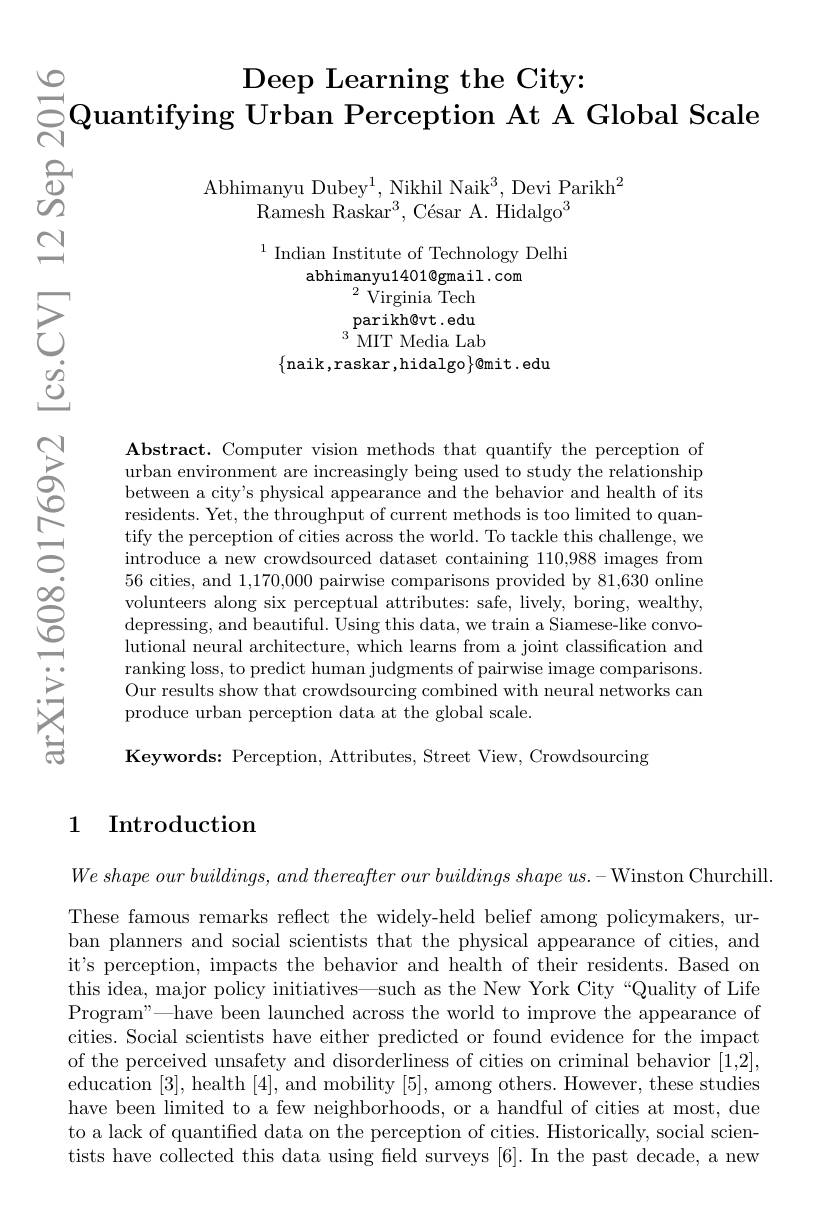
$vC$
$\operatorname{\text{Deep Learning the City:}}$
$\square$Quantifying Urban Perception At A Global Scale
N

$ప్రి$

Abhimanyu Dube$y^{1}$, Nikhil Nai$k^{3}$, Devi Parik$h^{2}$
Ramesh Raskar$^3,\text{C\'{e}sarA.Hidalgo}^3$

$^{1}$ Indian Institute of Technology Delhi
abhimanyu1401@gmail.com
${}^{2}{\mathrm{~Virginia~}}$Tech parikh@ vt. edu ${^3}{\mathrm{~MIT~Media~Lab}}$
$\{$naik,raskar,hidalgo$\}$@mit.edu

$উ్రై$

$ప్రే$

八

三

$\mathbf{Abstract.~Computer~vision~methods~that~quantify~the~perception~of}$ urban environment are increasingly being used to study the relationship between a city's physical appearance and the behavior and health of its residents. Yet, the throughput of current methods is too limited to quantify the perception of cities across the world. To tackle this challenge, we introduce a new crowdsourced dataset containing 110,988 images from 56 cities, and 1,170,000 pairwise comparisons provided by 81,630 online volunteers along six perceptual attributes: safe, lively, boring, wealthy, depressing, and beautiful. Using this data, we train a Siamese-like convolutional neural architecture, which learns from a joint classification and ranking loss, to predict human judgments of pairwise image comparisons. Our results show that crowdsourcing combined with neural networks can produce urban perception data at the global scale.

$క్రి$

一

鳶

Keywords: Perception, Attributes, Street View, Crowdsourcing

## 1 Introduction

$We\textit{ shape our buildings, and thereafter our buildings shape us. - Winston Churchill. }$

These famous remarks reflect the widely-held belief among policymakers, urban planners and social scientists that the physical appearance of cities, and it's perception, impacts the behavior and health of their residents. Based on this idea, major policy initiatives——such as the New York City“Quality of Life Program"—have been launched across the world to improve the appearance of cities. Social scientists have either predicted or found evidence for the impact of the perceived unsafety and disorderliness of cities on criminal behavior [1,2], education [3],health [4],and mobility [5], among others. However, these studies have been limited to a few neighborhoods, or a handful of cities at most, due to a lack of quantified data on the perception of cities. Historically, social scientists have collected this data using field surveys [6]. In the past decade, a new